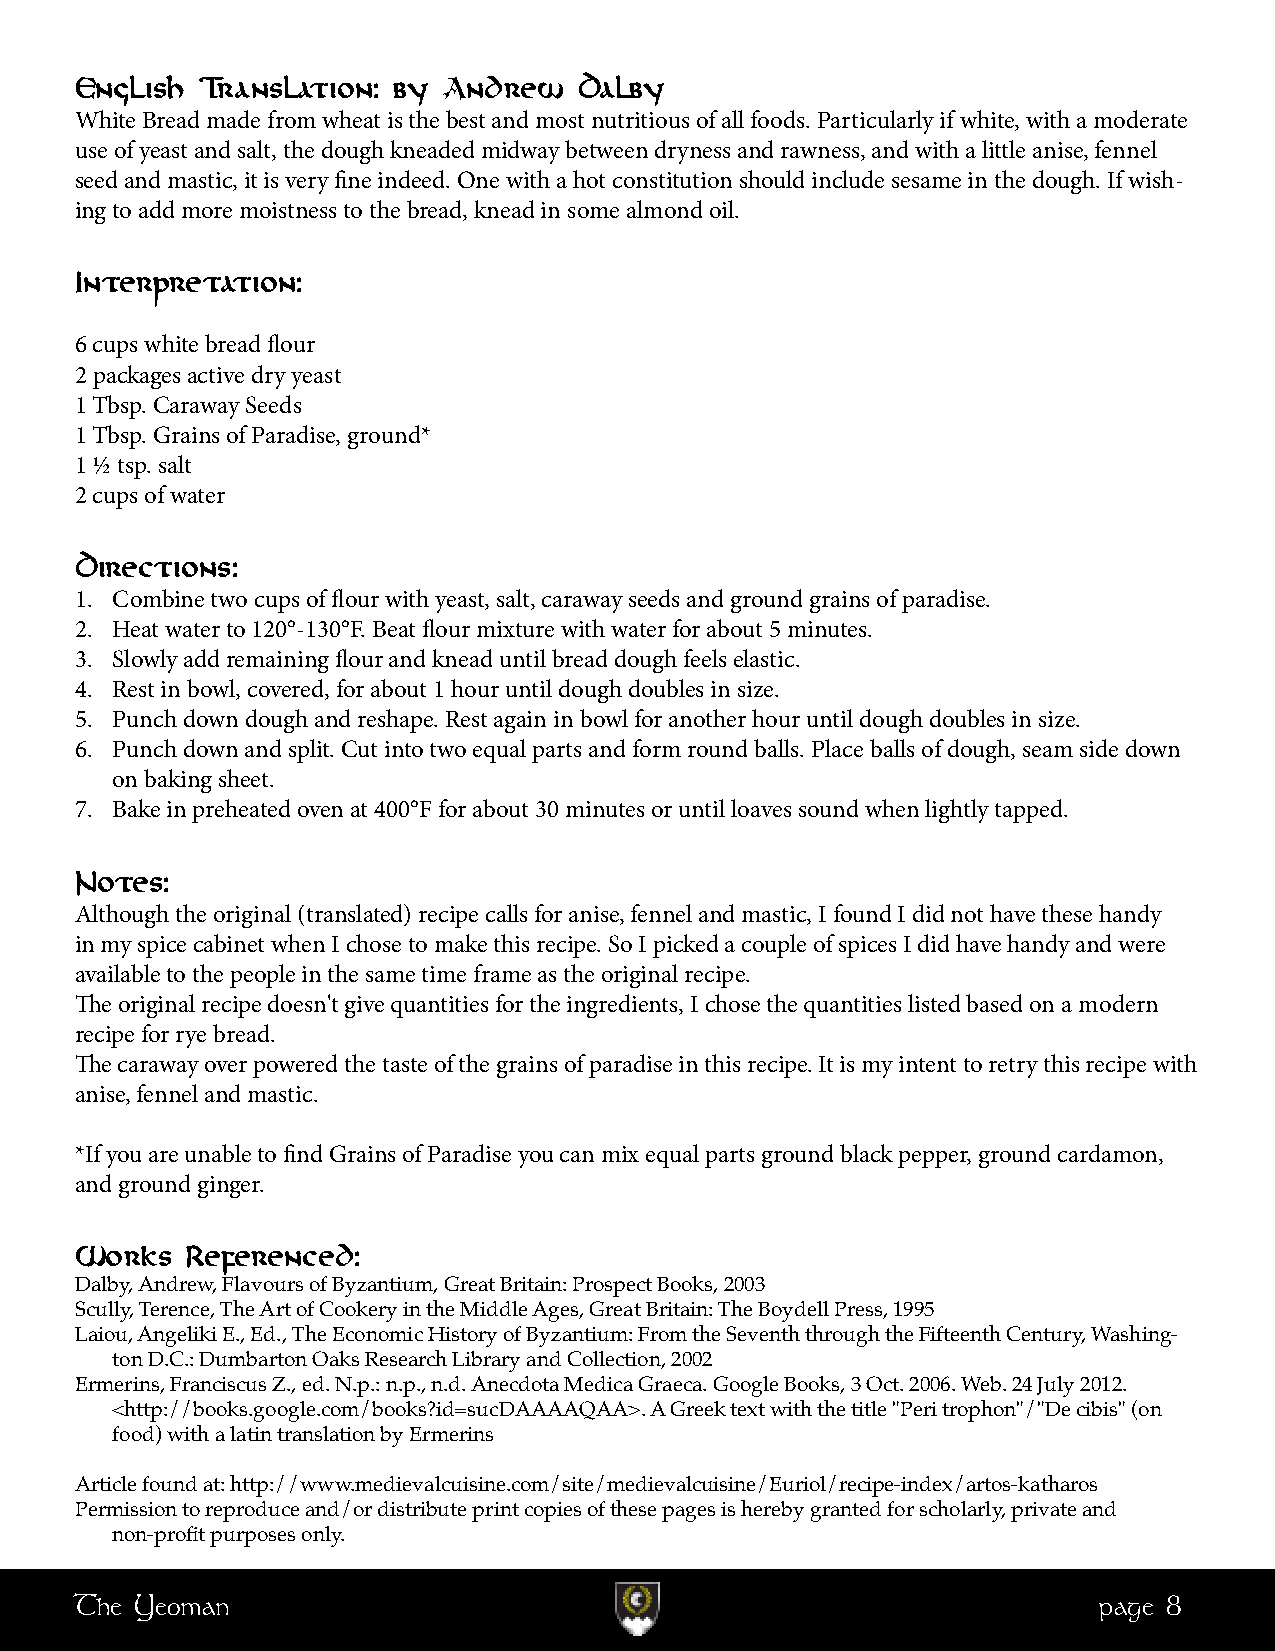
English Translation: by Andrew   Dalby
 White Bread made from wheat is the best and most nutritious of all foods. Particularly if white, with a moderate
 use of yeast and salt, the dough kneaded midway between dryness and rawness, and with a little anise, fennel
 seed and mastic, it is very fine indeed. One with a hot constitution should include sesame in the dough. If wish-
 ing to add more moistness to the bread, knead in some almond oil.
 Interpretation:
 6 cups white bread flour
 2 packages active dry yeast
 1 Tbsp. Caraway Seeds
 1 Tbsp. Grains of Paradise, ground*
 1 ½ tsp. salt
 2 cups of water
 Directions:
 1. Combine two cups of flour with yeast, salt, caraway seeds and ground grains of paradise.
 2. Heat water to 120°-130°F. Beat flour mixture with water for about 5 minutes.
 3. Slowly add remaining flour and knead until bread dough feels elastic.
 4. Rest in bowl, covered, for about 1 hour until dough doubles in size.
 5. Punch down dough and reshape. Rest again in bowl for another hour until dough doubles in size.
 6. Punch down and split. Cut into two equal parts and form round balls. Place balls of dough, seam side down
 on baking sheet.
 7. Bake in preheated oven at 400°F for about 30 minutes or until loaves sound when lightly tapped.
 Notes:
 Although the original (translated) recipe calls for anise, fennel and mastic, I found I did not have these handy
 in my spice cabinet when I chose to make this recipe. So I picked a couple of spices I did have handy and were
 available to the people in the same time frame as the original recipe.
 The original recipe doesn't give quantities for the ingredients, I chose the quantities listed based on a modern
 recipe for rye bread.
 The caraway over powered the taste of the grains of paradise in this recipe. It is my intent to retry this recipe with
 anise, fennel and mastic.
 *If you are unable to find Grains of Paradise you can mix equal parts ground black pepper, ground cardamon,
 and ground ginger.
 Works  Referenced:
 Dalby, Andrew, Flavours of Byzantium, Great Britain: Prospect Books, 2003
 Scully, Terence, The Art of Cookery in the Middle Ages, Great Britain: The Boydell Press, 1995
 Laiou, Angeliki E., Ed., The Economic History of Byzantium: From the Seventh through the Fifteenth Century, Washing-
 ton D.C.: Dumbarton Oaks Research Library and Collection, 2002
 Ermerins, Franciscus Z., ed. N.p.: n.p., n.d. Anecdota Medica Graeca. Google Books, 3 Oct. 2006. Web. 24 July 2012.
 <http://books.google.com/books?id=sucDAAAAQAA>. A Greek text with the title "Peri trophon"/"De cibis" (on
 food) with a latin translation by Ermerins
 Article found at: http://www.medievalcuisine.com/site/medievalcuisine/Euriol/recipe-index/artos-katharos
 Permission to reproduce and/or distribute print copies of these pages is hereby granted for scholarly, private and
 non-profit purposes only.
 The Yeoman                                                          page 8